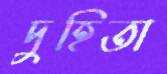
দুহিতা